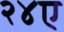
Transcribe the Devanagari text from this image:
२४ए